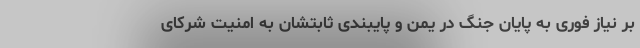
بر نیاز فوری به پایان جنگ در یمن و پایبندی ثابتشان به امنیت شرکای